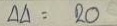
44 = 20